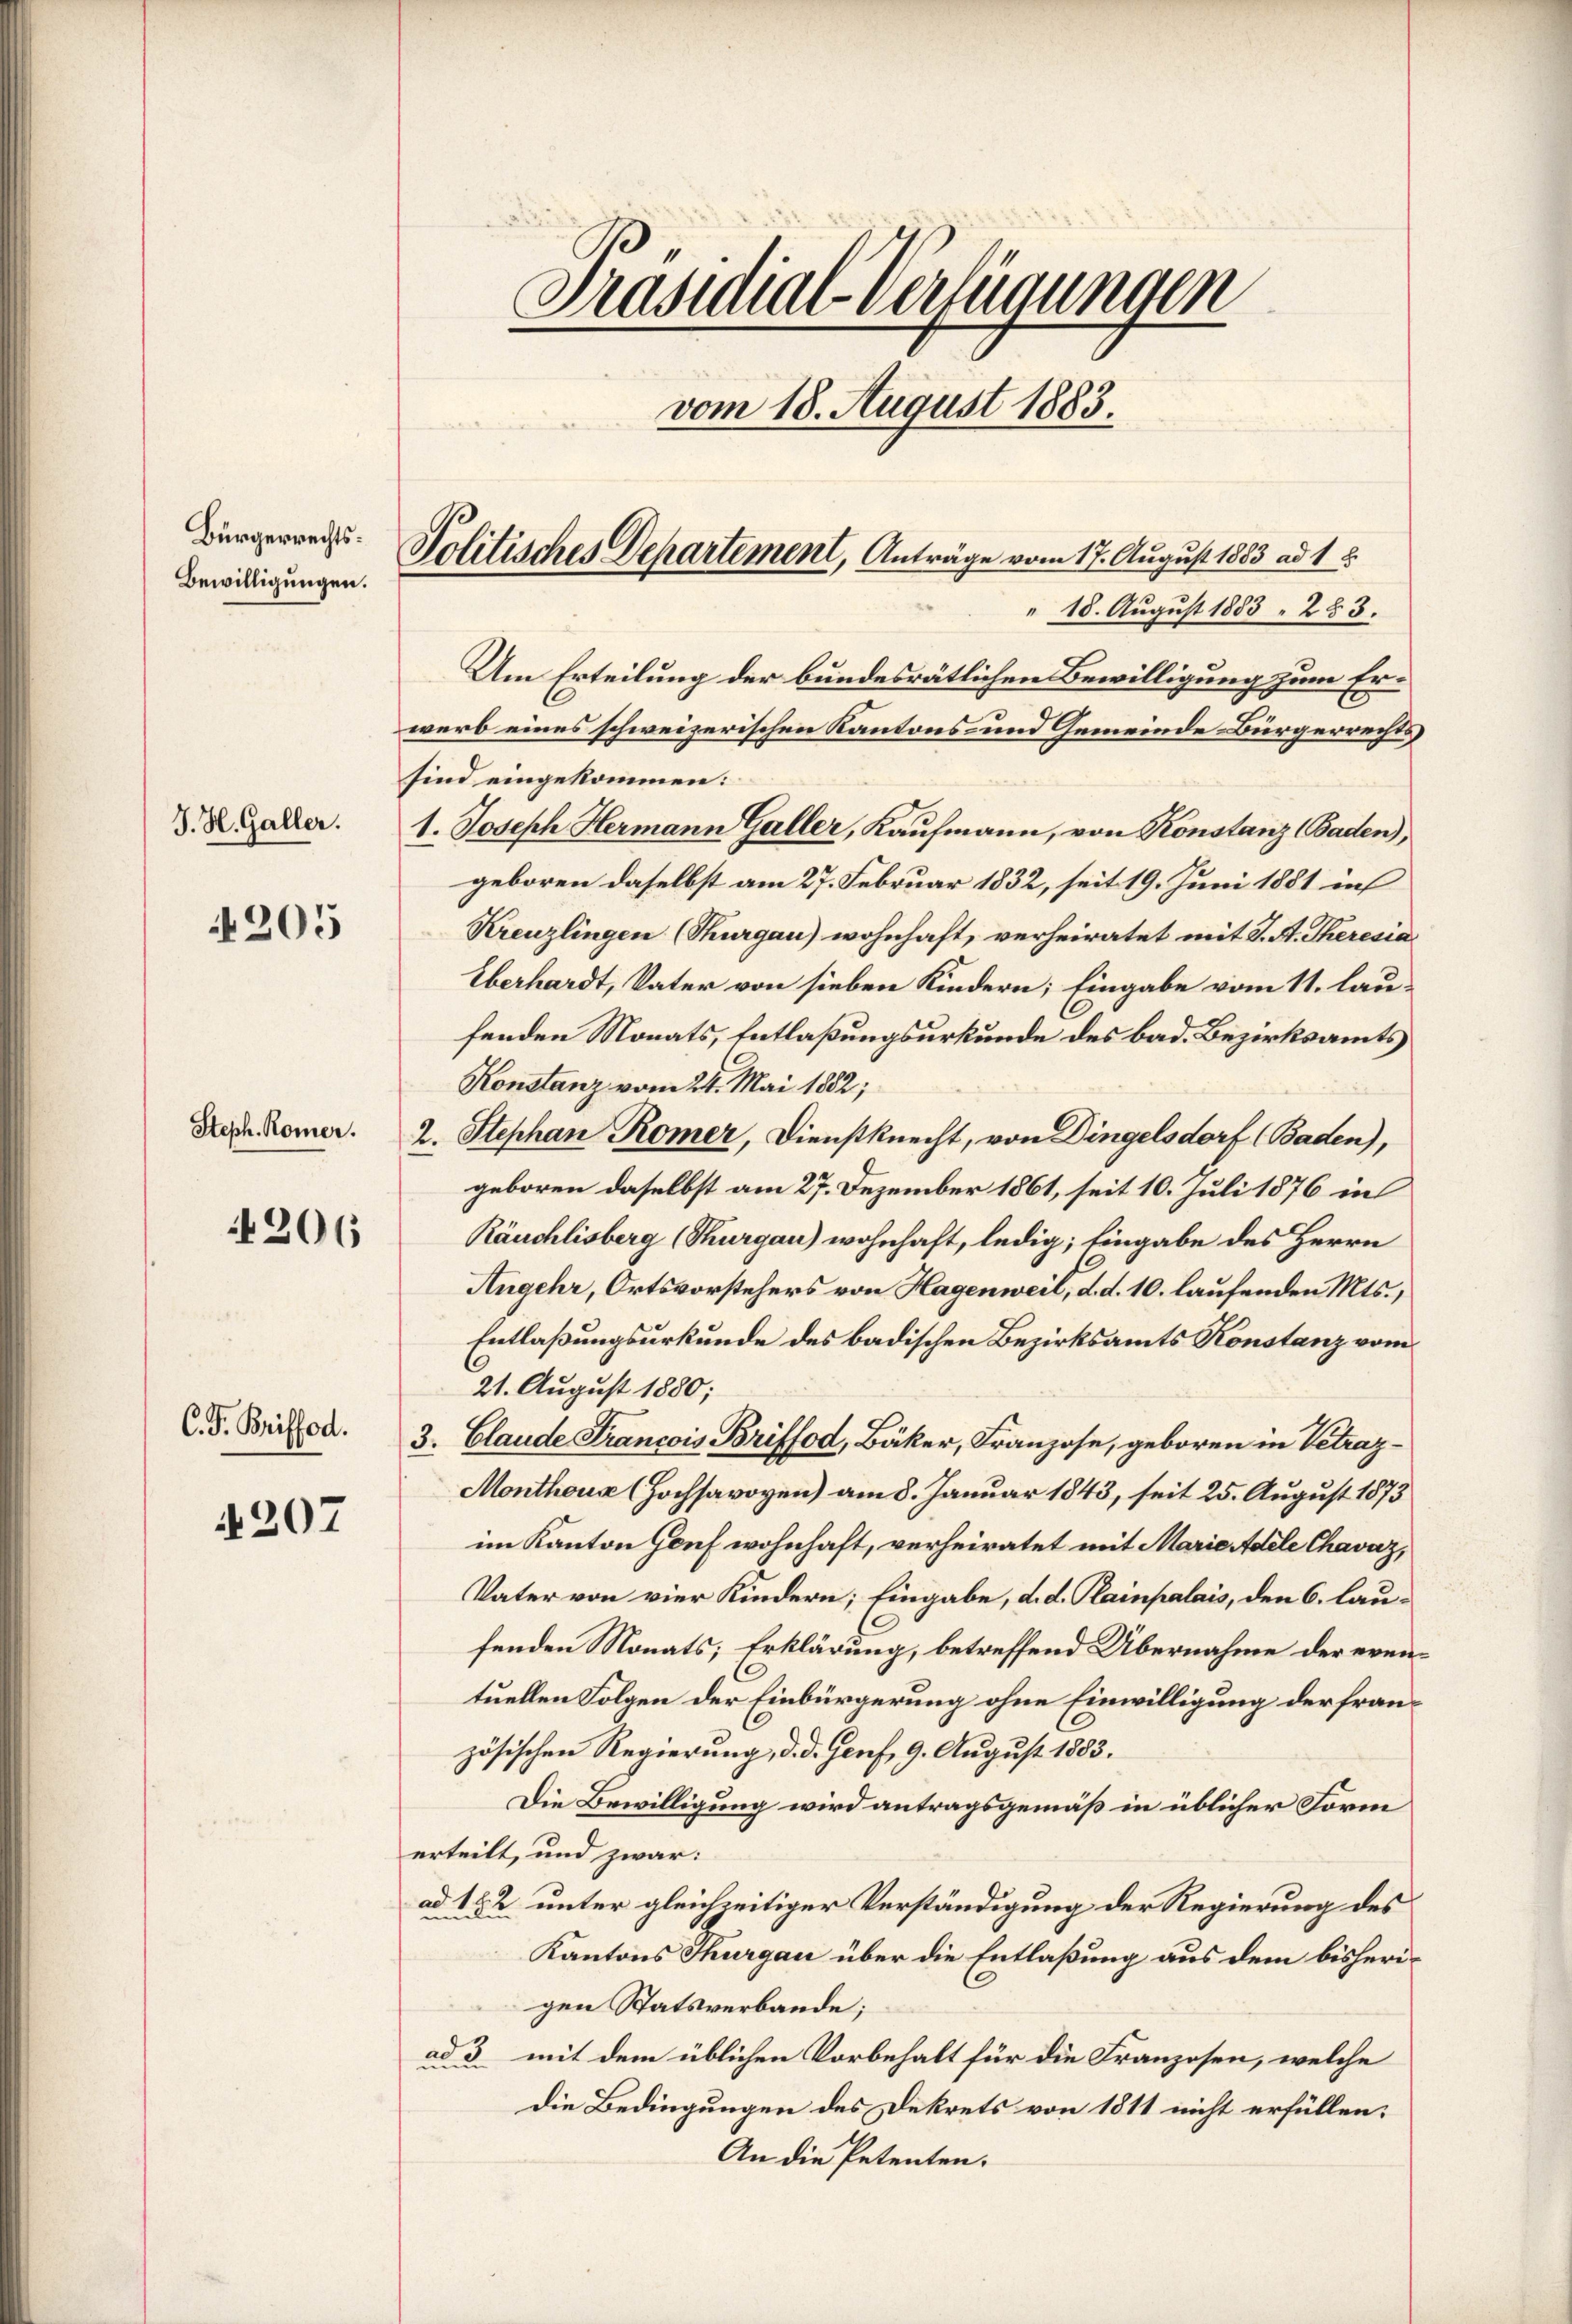
Bürgerrechts.
Bewilligungen.

J. H. Galler.

205

Steph. Römer.

206

C. J. Briffod.

207

Präsidial-Verfügungen
vom 18. August 1883.
Politisches Departement, Anträge vom 17. August 1883 ad 1

Um Erteilung der bundesrätlichen Bewilligung zum Er¬

18. August 1883. 283.
werb eines schweizerischen Kantons- und Gemeinde Bürgerrechts
sind eingekommen:
1. Joseph Hermann Galler, Kaufmann, von Konstanz (Baden),
geboren daselbst am 27. Februar 1832, seit 19. Juni 1881 in
Kreuzlingen (Thurgau) wohnhaft, verheiratet mit J. A. Theresia
Überhardt, Vater von sieben Kindern; Eingabe vom 11. laufenden Monats, Entlaßungsurkunde des bad. Bezirksamts
Konstanz vom 24. Mai 1882;
2. Stephan Romer, Dienstknecht, von Dingelsdorf (Baden),
geboren daselbst am 27. Dezember 1861, seit 10. Juli 1876 in
Räuchlisberg (Thurgau) wohnhaft, ledig; Eingabe des Herrn
Angehr, Ortsvorstehers von Hagenweil, d. d. 10. laufenden Mts.,
Entlaßungsurkunde des badischen Bezirksamts Konstanz vom
21. August 1880;
3. Claude Francois Briffod, Bäker, Franzose, geboren in Vetraz¬
Monthoux (Hochsavoyen) am 8. Januar 1843, seit 25. August 1873
im Kanton Gouf wohnhaft, verheiratet mit Marie Adele Chavaz,
Vater von vier Kindern; Eingabe, d. d. Plainpalais, den 6. laufenden Monats; Erklärung, betreffend Übernahme der eventuellen Folgen der Einbürgerung ohne Einwilligung der französischen Regierung, d. d. Genf, 9. August 1883.
Die Bewilligung wird antragsgemäß in üblicher Form
erteilt, und zwar:
ad 182 unter gleichzeitiger Verständigung der Regierung des
Kantons Thurgau über die Entlaßung aus dem bisherigen Statsverbande;
ad 3 mit dem üblichen Vorbehalt für die Franzosen, welche
Die Bedingungen des Dekrets von 1811 nicht erfüllen:
An die Petenten.